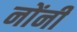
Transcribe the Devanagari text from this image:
नोंनी